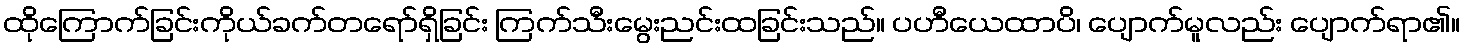
ထိုကြောက်ခြင်းကိုယ်ခက်တရော်ရှိခြင်း ကြက်သီးမွေးညင်းထခြင်းသည်။ ပဟီယေထာပိ၊ ပျောက်မူလည်း ပျောက်ရာ၏။